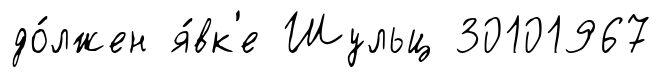
до́лжен я́вк'е Шульц 30101967